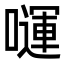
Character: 𭋗